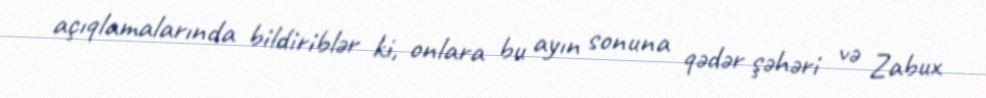
açıqlamalarında bildiriblər ki, onlara bu ayın sonuna qədər şəhəri və Zabux